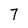
Character: 7